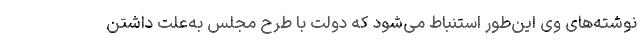
نوشته‌های وی این‌طور استنباط می‌شود که دولت با طرح مجلس به‌علت داشتن